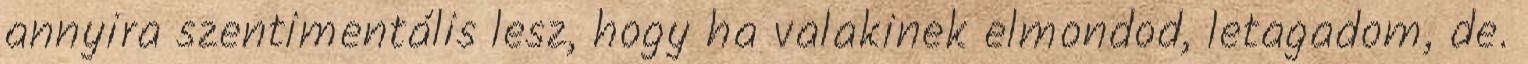
annyira szentimentális lesz, hogy ha valakinek elmondod, letagadom, de.